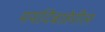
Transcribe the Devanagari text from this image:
मर्यादेबाहेरील